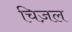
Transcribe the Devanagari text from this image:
चिज़ल